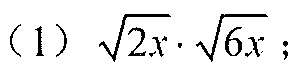
(1) \(\sqrt{2x}\cdot\sqrt{6x}\)；